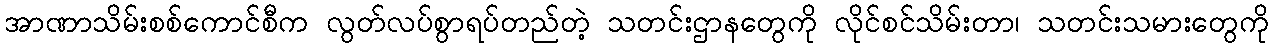
အာဏာသိမ်းစစ်ကောင်စီက လွတ်လပ်စွာရပ်တည်တဲ့ သတင်းဌာနတွေကို လိုင်စင်သိမ်းတာ၊ သတင်းသမားတွေကို